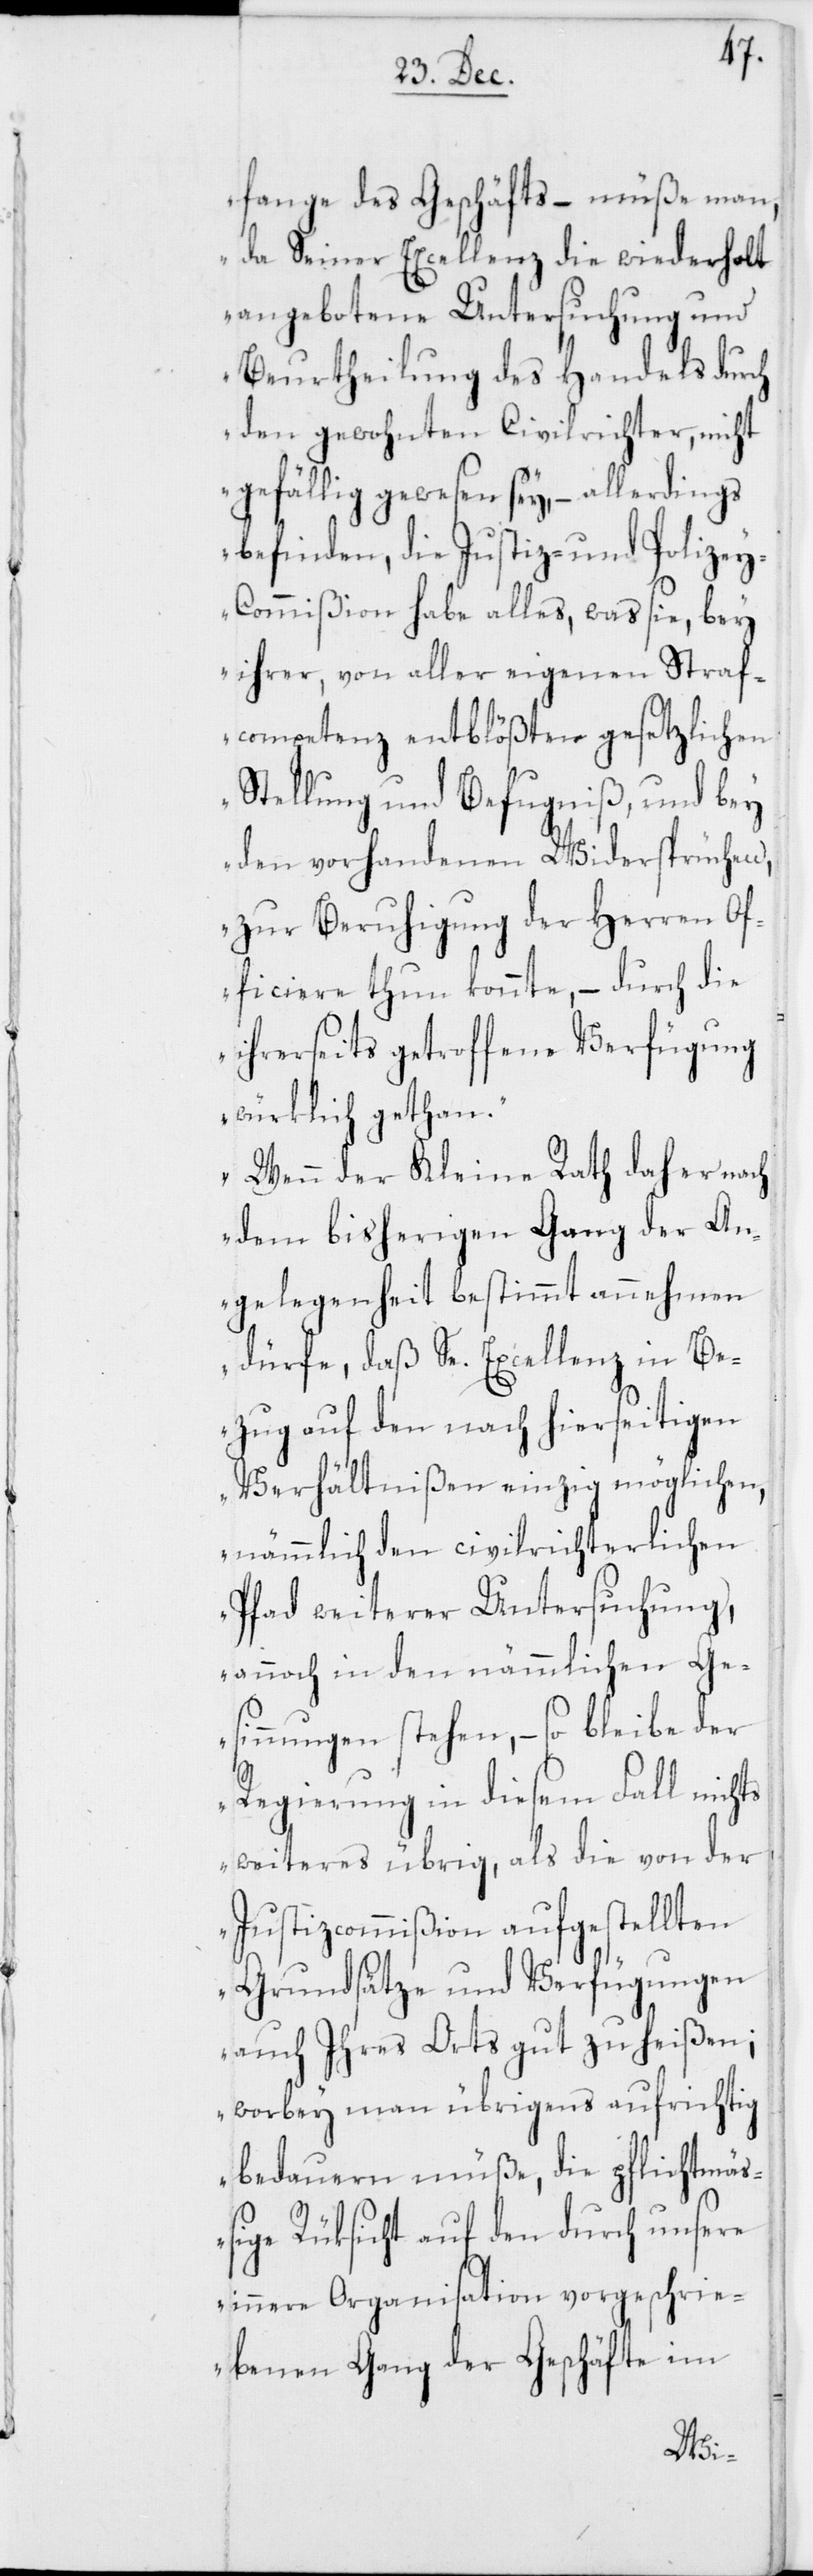
fange des Geschäfts, – müße man,
da Seiner Excellenz die wiederholt
angebotene Untersuchung und
Beurtheilung des Handels durch
den gewohnten Civilrichter, nicht
gefällig gewesen sey, – allerdings
befinden, die Justiz- und Polize¬
y-Commißion habe alles, was sie, bey
ihrer, von aller eigenen Straf¬
competenz entblößten gesetzlichen
Stellung und Befugniß, und bey
den vorhandenen Widersprüchen,
zur Beruhigung der Herren O¬
fficiere thun könnte, – durch die
ihrerseits getroffene Verfügung
würklich gethan.
Wenn der Kleine Rath daher nach
dem bisherigen Gang der An¬
gelegenheit bestimmt annehmen
dürfe, daß Se. Excellenz in Be¬
zug auf den nach hierseitigen
Verhältnißen einzig möglichen,
nämmlich den civilrichterlichen
Pfad weiterer Untersuchung,
annoch in den nämmlichen Ge¬
sinnungen stehen, – so bleibe der
Regierung in diesem Fall nichts
weiteres übrig, als die von der
Justizcommißion aufgestellten
Grundsätze und Verfügungen
auch Ihres Orts gut zu heißen;
worbey man übrigens aufrichtig
bedauern müße, die pflichtmäß¬
ige Rüksicht auf den durch unsere
innere Organisation vorgeschrie¬
benen Gang der Geschäfte im